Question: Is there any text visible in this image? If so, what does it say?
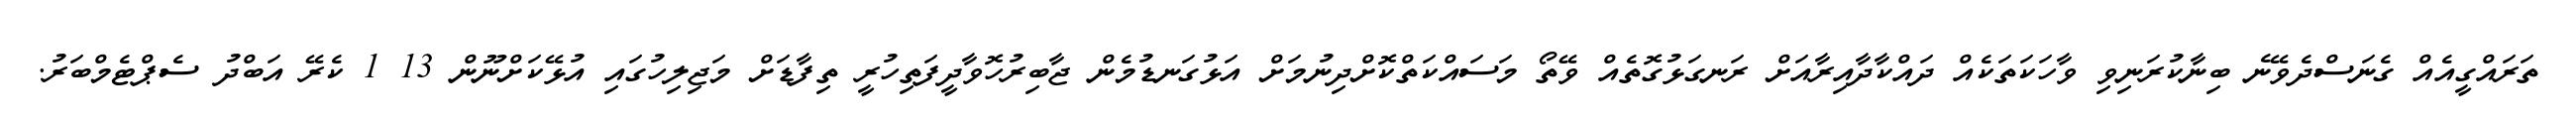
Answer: ތަރައްގީއެއް ގެނަސްދެވޭނެ ބިނާކުރަނިވި ވާހަކަތަކެއް ދައްކާދާއިރާއަށް ރަނގަޅުގޮތެއް ވޭތޯ މަސައްކަތްކޮށްދިނުމަށް އަޅުގަނޑުމެން ޖާބިރުހޮވާދީފަތިހުރީ ތިފާޑަށް މަޖިލިހުގައި އުޅޭކަށްނޫން 13 1 ކެރޭ އަބްދު ސެޕްޓެމްބަރު.